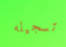
تسجيله